Report on vaccination in Madras 1895-1903 - 1895-1903
Year: 1895
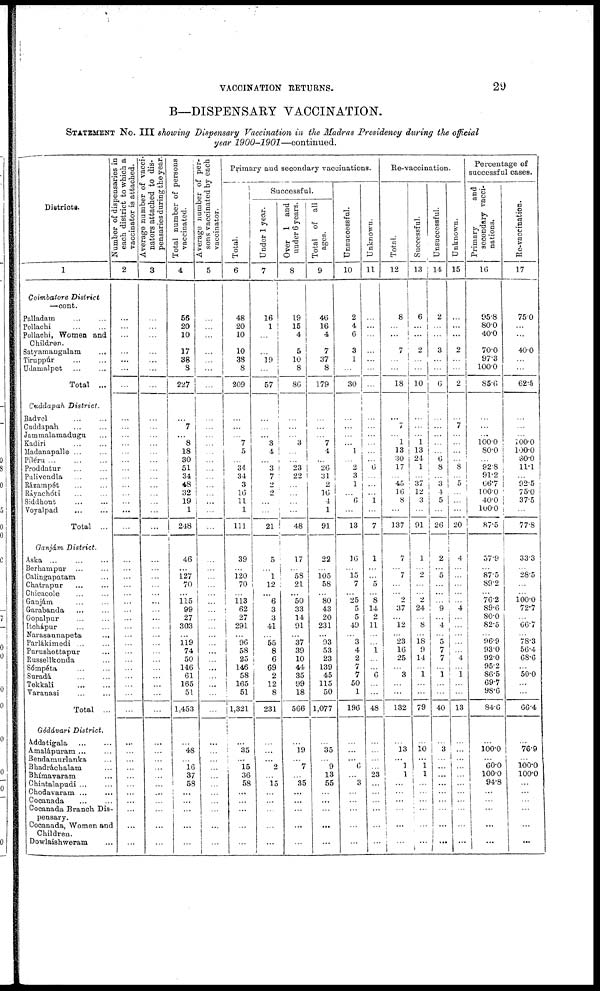
VACCINATION RETURNS.
29
B—DISPENSARY VACCINATION.
STATEMENT No. III showing Dispensary Vaccination in the Madras Presidency during the official
year 1900-1901—continued.
Districts.
1
Coimbatore
District
—cont.
Palladam
...
...
Pollachi ... ...
Pollachi, Women and
Children.
Satyamangalam ...
Tiruppúr ... ...
Udamalpet ... ...
Total ...
Cuddapah
District.
Badvel ... ...
Cuddapah ... ...
Jammalamadugu ...
Kadiri ... ...
Madanapalle ... ...
Píleru
...
...
...
Proddatur ... ...
Pulivendla ... ...
Rázampét ... ...
Ráyachóti ... ...
Siddhout ... ...
Voyalpad ... ...
Total ...
Ganjám
District.
Aska ... ... ...
Berhampur ... ...
Calingapatam ...
Chatrapur ... ...
Chicacole ... ...
Ganjám ... ...
Garabanda ... ...
Gopalpur ... ...
Itchápur ... ...
Narasaunapeta ...
Parlákimedi ... ...
Purushottapur ...
Russellkonda ...
Sómpéta ... ...
Suradá
...
...
Tekkali
...
...
Varanasi ... ...
Total ...
Gódávari
District.
Addatigala
...
...
Amalápuram ... ...
Bendamurlanka ...
Bhadráchalam ...
Bhímavaram ...
Chintalapudi ... ...
Chodavaram
...
...
Cocanada
...
...
Cocanada Branch Dis-
pensary.
Cocanada, Women and
Children.
Dowlaishweram ...
Number of dispensaries in
each district to which a
vaccinator is attached.
2
...
...
...
...
...
...
...
...
...
...
...
...
...
...
...
...
...
...
...
...
...
...
...
...
...
...
...
...
...
...
...
...
...
...
...
...
...
...
...
...
...
...
...
...
...
...
...
...
...
Average number of vacci-
nators attached to dis-
pensaries during the year.
3
...
...
...
...
...
...
...
...
...
...
...
...
...
...
...
...
...
...
...
...
...
...
...
...
...
...
...
...
...
...
...
...
...
...
...
...
...
...
...
...
...
...
...
...
...
...
...
...
...
Total number of persons
vaccinated.
4
56
20
10
17
38
8
227
...
7
...
8
18
30
51
34
48
32
19
1
248
46
...
127
70
...
115
99
27
303
...
119
74
50
146
61
165
51
1,453
...
48
...
16
37
58
...
...
...
...
...
Average number of per-
sons vaccinated by each
vaccinator.
5
...
...
...
...
...
...
...
...
...
...
...
...
...
...
...
...
...
...
...
...
...
...
...
...
...
...
...
...
...
...
...
...
...
...
...
...
...
...
...
...
...
...
...
...
...
...
...
...
...
Primary and secondary vaccinations.
Total.
6
48
20
10
10
38
8
209
...
...
...
7
5
...
34
34
3
16
11
1
111
39
...
120
70
...
113
62
27
291
...
96
58
25
146
58
165
51
1,321
...
35
...
15
36
58
...
...
...
...
...
Successful.
Under 1 year.
7
16
1
...
...
19
...
57
...
...
... 3
4
...
3
7
2
2
...
...
21
5
...
1
12
...
6
3
3
41
...
55
8
6
69
2
12
8
231
...
...
...
2
...
15
...
...
...
...
...
Over 1 and
under 6 years.
8
19
15
4
5
10
8
86
...
...
...
3
...
...
23
22
...
...
...
...
48
17
...
58
21
... 50
33
14
91
...
37
39
10
44
35
99
18
566
...
19
...
7
...
35
...
...
...
...
...
Total of all
ages.
9
46
16
4
7
37
8
179
...
...
...
7
4
...
26
31
2
16
4
1
91
22
...
105
58
...
80
43
20
231
...
93
53
23
139
45
115
50
1,077
...
35
...
9
13
55
...
...
...
...
...
Unsuccessful.
10
2
4
6
3
1
...
30
...
...
...
... 1
... 2
3
1
... 6
...
13
16
...
15 7
... 25
5
5
49
...
3
4
2
7
7
50
1
196
...
...
...
6
...
3
...
...
...
...
...
Unknown.
11
...
...
...
...
...
...
...
...
...
...
...
...
... 6
...
...
...
1
...
7
1
...
...
5
...
8
14
2
11
...
... 1
...
...
6
...
...
48
...
...
...
...
23
...
...
...
...
...
...
Re-vaccination.
Total.
12
8
...
...
7
...
...
18
...
7
...
1
13
30
17
... 45
16
8
...
137
7
...
7
...
... 2
37
...
12
...
23
16
25
...
3
...
...
132
...
13
...
1
1
...
...
...
...
...
...
Successful.
13
6
...
...
2
...
...
10
...
...
...
1
13
24
1
...
37
12
3
...
91
1
...
2
...
... 2
24
...
8
...
18
9
14
...
1
...
...
79
...
10
... 1
1
...
...
...
...
...
...
Unsuccessful.
14
2
...
...
3
...
...
6
...
...
...
...
...
6
8
...
3
4
5
...
26
2
...
5
...
...
... 9
... 4
...
5
7
7
...
1
...
...
40
...
3
...
...
...
...
...
...
...
...
...
Unknown.
15
...
...
...
2
...
...
2
...
7
...
...
...
... 8
...
5
...
...
...
20
4
...
...
...
...
...
4
...
...
...
...
...
4
...
1
...
...
13
...
...
...
...
...
...
...
...
...
...
...
Percentage of
successful cases.
Primary
and
secondary vacci-
nations.
10
95.8
80.0
40.0
70.0
97.3
100.0
85.6
...
...
...
100.0
80.0
... 92.8
91.2
66.7
100.0
40.0
100.0
87.5
57.9
...
87.5
89.2
... 76.2
89.6
80.0
82.5
...
96.9
93.0
92.0
95.2
86.5
69.7
98.6
84.6
...
100.0
...
60.0
100.0
94.8
...
...
...
...
...
Re-vaccination.
17
75.0
...
...
40.0
...
...
62.5
...
...
...
100.0
100.0
80.0
11.1
...
92.5
75.0
37.5
...
77.8
33.3
...
28.5
...
... 100.0
72.7
...
66.7
...
78.3
56.4
68.6
...
50.0
...
...
66.4
...
76.9
...
100.0
100.0
...
...
...
...
...
...